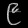
Digit: ၉